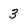
Character: 3